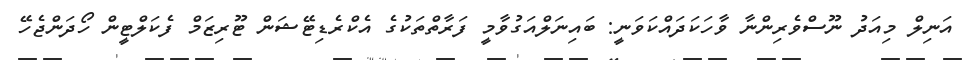
އަނިލް މިއަދު ނޫސްވެރިންނާ ވާހަކަދައްކަވަނީ: ބައިނަލްއަގުވާމީ ފަރާތްތަކުގެ އެކްރެޑިޓޭޝަން ޓޫރިޒަމް ފެކަލްޓީން ހޯދަންޖެހޭ